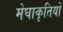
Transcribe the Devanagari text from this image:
मेघाकृतियों